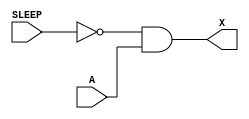
/*
 * Copyright 2020 The SkyWater PDK Authors
 *
 * Licensed under the Apache License, Version 2.0 (the "License");
 * you may not use this file except in compliance with the License.
 * You may obtain a copy of the License at
 *
 *     https://www.apache.org/licenses/LICENSE-2.0
 *
 * Unless required by applicable law or agreed to in writing, software
 * distributed under the License is distributed on an "AS IS" BASIS,
 * WITHOUT WARRANTIES OR CONDITIONS OF ANY KIND, either express or implied.
 * See the License for the specific language governing permissions and
 * limitations under the License.
 *
 * SPDX-License-Identifier: Apache-2.0
*/


`ifndef SKY130_FD_SC_HD__LPFLOW_ISOBUFSRC_BEHAVIORAL_V
`define SKY130_FD_SC_HD__LPFLOW_ISOBUFSRC_BEHAVIORAL_V

/**
 * lpflow_isobufsrc: Input isolation, noninverted sleep.
 *
 *                   X = (!A | SLEEP)
 *
 * Verilog simulation functional model.
 */

`timescale 1ns / 1ps
`default_nettype none

`celldefine
module sky130_fd_sc_hd__lpflow_isobufsrc (
    X    ,
    SLEEP,
    A
);

    // Module ports
    output X    ;
    input  SLEEP;
    input  A    ;

    // Module supplies
    supply1 VPWR;
    supply0 VGND;
    supply1 VPB ;
    supply0 VNB ;

    // Local signals
    wire not0_out  ;
    wire and0_out_X;

    //  Name  Output      Other arguments
    not not0 (not0_out  , SLEEP          );
    and and0 (and0_out_X, not0_out, A    );
    buf buf0 (X         , and0_out_X     );

endmodule
`endcelldefine

`default_nettype wire
`endif  // SKY130_FD_SC_HD__LPFLOW_ISOBUFSRC_BEHAVIORAL_V